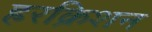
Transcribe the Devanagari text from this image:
हरक्रिशन